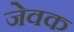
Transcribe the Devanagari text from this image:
जेवक